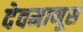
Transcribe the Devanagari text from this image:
देवमाणूस